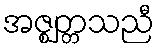
အဇ္ဈတ္တသညီ